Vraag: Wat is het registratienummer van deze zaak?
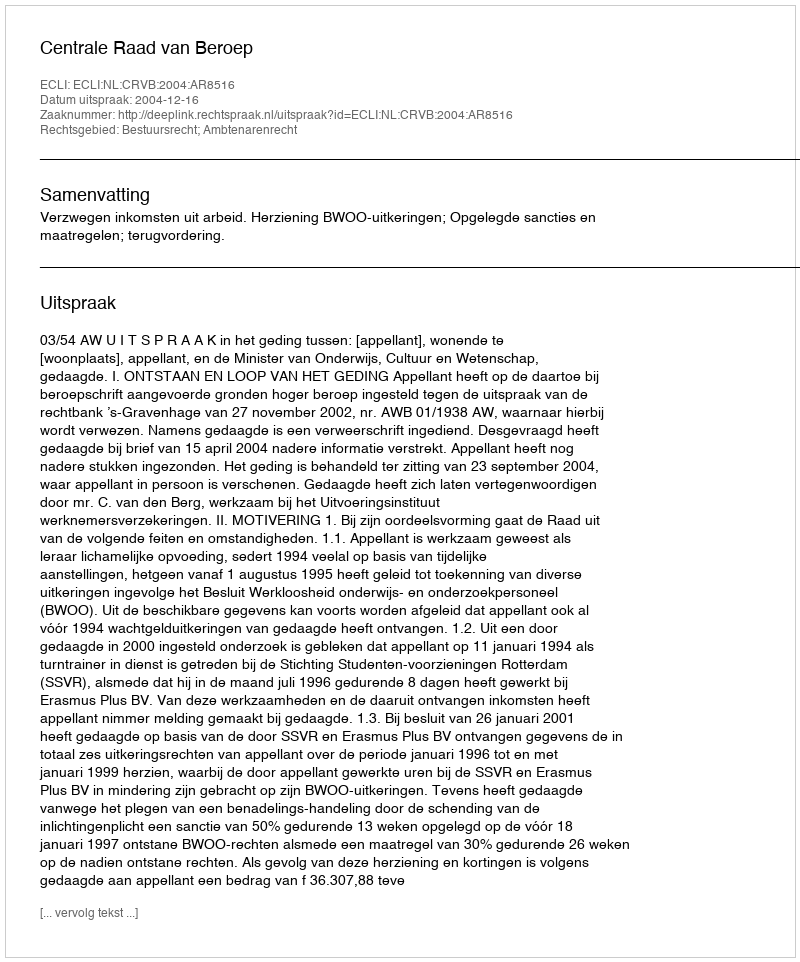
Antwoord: http://deeplink.rechtspraak.nl/uitspraak?id=ECLI:NL:CRVB:2004:AR8516